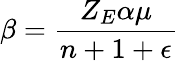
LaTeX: \beta=\frac{Z_{E}\alpha\mu}{n+1+\epsilon}